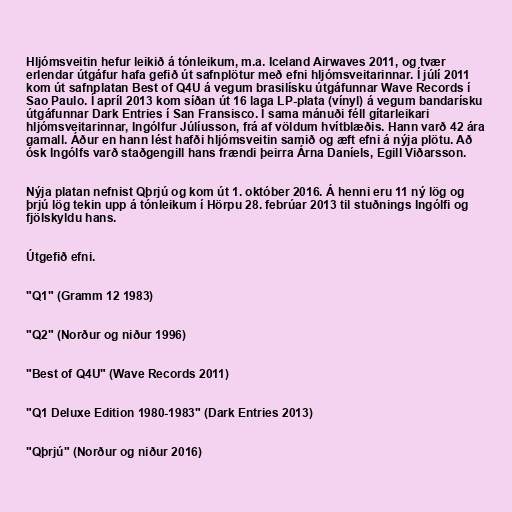
Hljómsveitin hefur leikið á tónleikum, m.a. Iceland Airwaves 2011, og tvær
erlendar útgáfur hafa gefið út safnplötur með efni hljómsveitarinnar. Í júlí 2011
kom út safnplatan Best of Q4U á vegum brasilísku útgáfunnar Wave Records í
Sao Paulo. Í apríl 2013 kom síðan út 16 laga LP-plata (vínyl) á vegum bandarísku
útgáfunnar Dark Entries í San Fransisco. Í sama mánuði féll gítarleikari
hljómsveitarinnar, Ingólfur Júlíusson, frá af völdum hvítblæðis. Hann varð 42 ára
gamall. Áður en hann lést hafði hljómsveitin samið og æft efni á nýja plötu. Að
ósk Ingólfs varð staðgengill hans frændi þeirra Árna Daníels, Egill Viðarsson.

Nýja platan nefnist Qþrjú og kom út 1. október 2016. Á henni eru 11 ný lög og
þrjú lög tekin upp á tónleikum í Hörpu 28. febrúar 2013 til stuðnings Ingólfi og
fjölskyldu hans.

Útgefið efni.

"Q1" (Gramm 12 1983)

"Q2" (Norður og niður 1996)

"Best of Q4U" (Wave Records 2011)

"Q1 Deluxe Edition 1980-1983" (Dark Entries 2013)

"Qþrjú" (Norður og niður 2016)